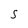
Character: S